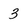
Character: 3